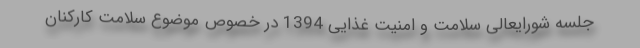
جلسه شورایعالی سلامت و امنیت غذایی 1394 در خصوص موضوع سلامت کارکنان